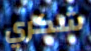
شكري